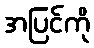
အပြင်ကို